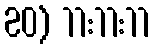
20) 11:11:11